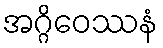
အဂ္ဂိဝေဿနံ